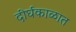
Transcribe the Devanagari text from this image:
दीर्घकाळात